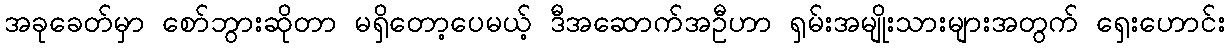
အခုခေတ်မှာ စော်ဘွားဆိုတာ မရှိတော့ပေမယ့် ဒီအဆောက်အဦဟာ ရှမ်းအမျိုးသားများအတွက် ရှေးဟောင်း